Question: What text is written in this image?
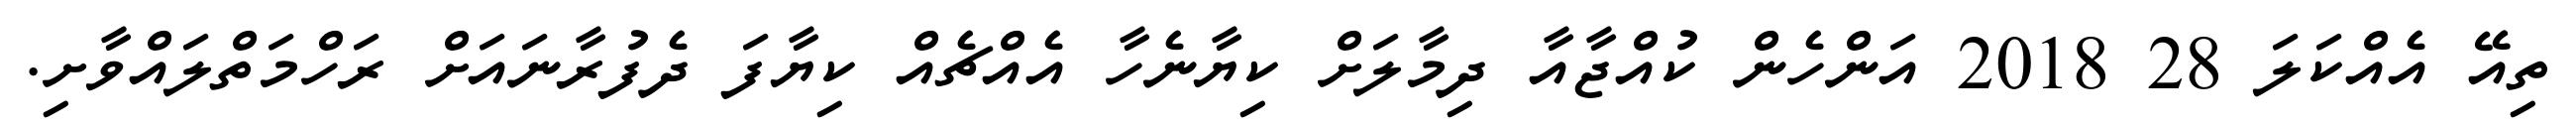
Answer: ތިއޭ އެއްކަލަ 28 2018 އަންހެން ކުއްޖާއާ ދިމާލަށް ކިޔާނެހާ އެއްޗެއް ކިޔާފަ ދެފުރާނައަށް ރަހްމަތްލައްވާށި.